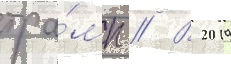
тра́мп // В 2019